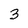
Character: 3